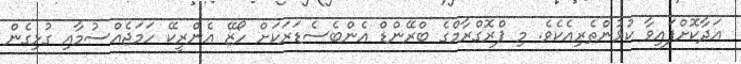
އަދާކޮށްފައިވާ ކުޅުންތެރިއެކެވެ. މި ޕްރޮގްރާމްގެ ބްރޭންޑް އެންބެސެޑަރަކަށް ހޯޒޭ އެންރީކޭ ހަމަޖެއްސުމާއި ގުޅިގެން